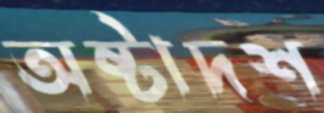
অষ্টাদশ